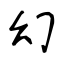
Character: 幻